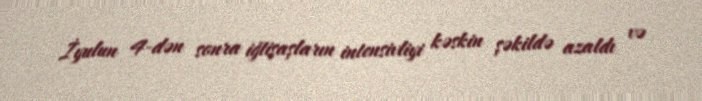
İyulun 4-dən sonra iğtişaşların intensivliyi kəskin şəkildə azaldı və